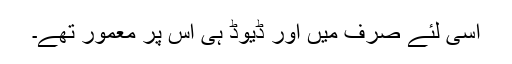
اسی لئے صرف میں اور ڈیوڈ ہی اس پر معمور تھے۔